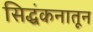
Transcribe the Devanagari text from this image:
सिद्धंकनातून